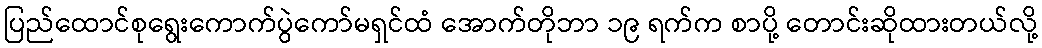
ပြည်ထောင်စုရွေးကောက်ပွဲကော်မရှင်ထံ အောက်တိုဘာ ၁၉ ရက်က စာပို့ တောင်းဆိုထားတယ်လို့